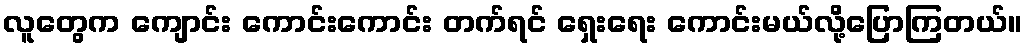
လူတွေက ကျောင်း ကောင်းကောင်း တက်ရင် ရှေးရေး ကောင်းမယ်လို့ပြောကြတယ်။